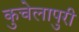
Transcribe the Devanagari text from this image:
कुचेलापुरी